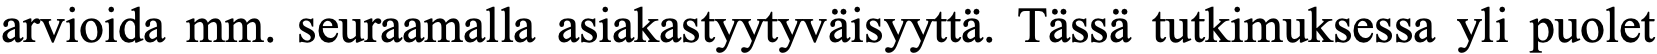
arvioida mm. seuraamalla asiakastyytyväisyyttä. Tässä tutkimuksessa yli puolet